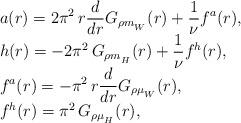
LaTeX: \begin{align*}\begin{array}{l}\displaystyle a(r)=2\pi^2\, r\frac{d}{dr}G_{\rho m_{_W}}(r)+\frac{1}{\nu}f^{a}(r),\\\displaystyle h(r)=-2\pi^2\,G_{\rho m_{_H}}(r)+\frac{1}{\nu}f^{h}(r),\\\displaystyle f^{a}(r)=-\pi^2\,r\frac{d}{dr}G_{\rho \mu_{_W}}(r),\\\displaystyle f^{h}(r)=\pi^2\,G_{\rho \mu_{_H}}(r),\\\end{array}\end{align*}